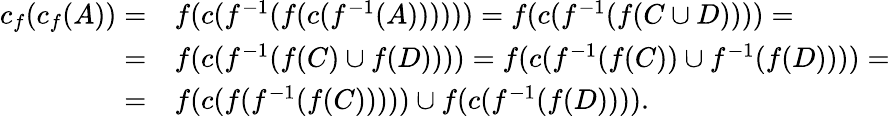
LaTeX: \begin{array}{rl}{c_{f}(c_{f}(A))=}&{f(c(f^{-1}(f(c(f^{-1}(A))))))=f(c(f^{-1}(f(C\cup D))))=}\\ {=}&{f(c(f^{-1}(f(C)\cup f(D))))=f(c(f^{-1}(f(C))\cup f^{-1}(f(D))))=}\\ {=}&{f(c(f(f^{-1}(f(C)))))\cup f(c(f^{-1}(f(D)))).}\end{array}